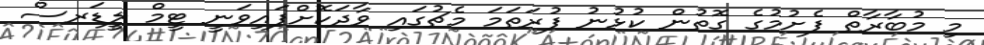
މި މުބާރާތް ފެށުމުގެ ގޮތުން ކުޅުނު ފުރަތަމަ މެޗުގައި ވާދަކޮށްފައިވަނީ ޓީމް ލީޑަރސް